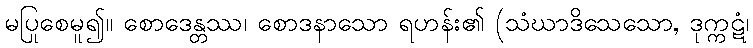
မပြုစေမူ၍။ စောဒေန္တဿ၊ စောဒနာသော ရဟန်း၏ (သံဃာဒိသေသော, ဒုက္ကဋံ၊